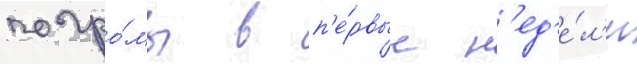
погро́мы в п'е́рвые н'ед'е́л'и